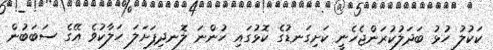
ކަކުލު ހުޅު ބަދަލުކުރަންޖެހެނީ ކަށިގަނޑުގެ ކޮޅުގައި ހުންނަ ލޮނދިފަށަލަ ހަލާކުވެ އޭގެ ސަބަބުން